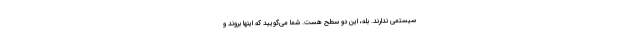
سیستمی ندارند. بله، این دو سطح هست. شما می‌گویید که اینها بروند و